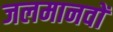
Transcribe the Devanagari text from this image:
जलमानवों